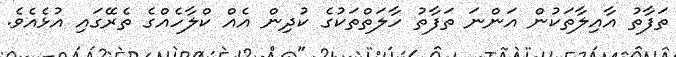
ތަފާތު އާއިލާތަކުން އަންނަ ތަފާތު ހާލަތްތަކުގެ ކުދިން އެއް ކްލާހެއްގެ ތެރޭގައި އުޅެއެވެ.